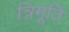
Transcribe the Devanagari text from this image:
त्रिमूति